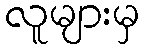
လူများမှ